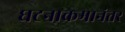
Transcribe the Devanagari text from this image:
घटनाक्रमानंतर